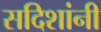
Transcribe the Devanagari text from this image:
सदिशांनी